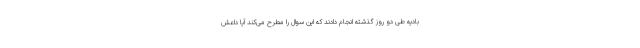
بادیه طی دو روز گذشته انجام دادند که این سوال را مطرح می‌کند آیا داعش